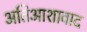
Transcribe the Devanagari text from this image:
अतिआशावाद